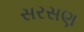
સરસણ